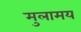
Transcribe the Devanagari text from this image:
मुलामय